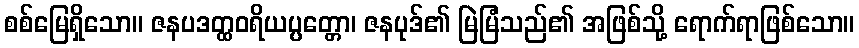
စစ်မြေရှိသော။ ဇနပဒတ္ထဝရိယပ္ပတ္တော၊ ဇနပုဒ်၏ မြဲမြံသည်၏ အဖြစ်သို့ ရောက်ရာဖြစ်သော။